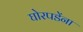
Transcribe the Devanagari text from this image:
घोरपडेंना